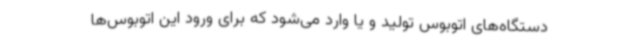
دستگاه‌های اتوبوس تولید و یا وارد می‌شود که برای ورود این اتوبوس‌ها